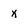
Character: x